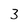
Character: 3